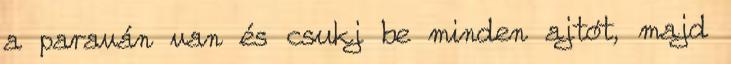
a paraván van és csukj be minden ajtót, majd